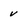
Character: v